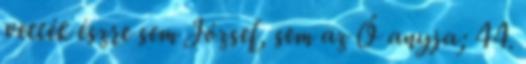
vették észre sem József, sem az Ő anyja; 44.